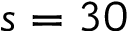
s = 3 0